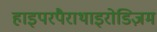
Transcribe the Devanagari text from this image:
हाइपरपैराथाइरोडिज़म